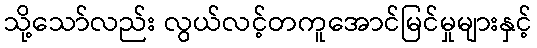
သို့သော်လည်း လွယ်လင့်တကူအောင်မြင်မှုများနှင့်